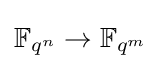
\mathbb {F} _{q^{n}}\to \mathbb {F} _{q^{m}}